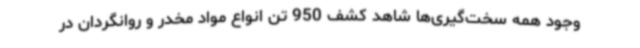
وجود همه سخت‌گیری‌ها شاهد کشف 950 تن انواع مواد مخدر و روانگردان در